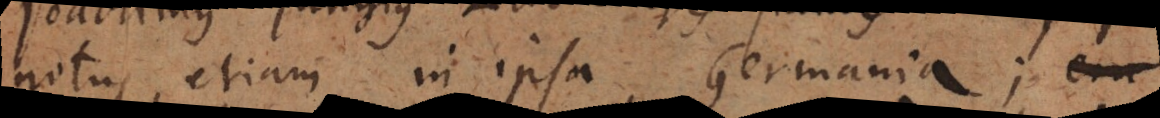
notus etiam in ipsa Germania; e